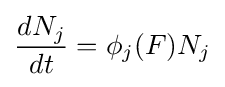
{\frac {dN_{j}}{dt}}=\phi _{j}(F)N_{j}